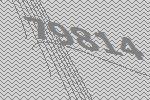
79814